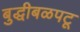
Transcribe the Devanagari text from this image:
बुद्धीबळपटू